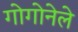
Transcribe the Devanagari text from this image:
गोगोनेले